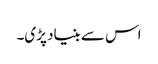
اس سے بنیاد پڑی۔